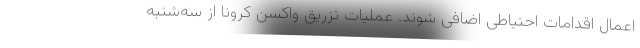
اعمال اقدامات احتیاطی اضافی شوند. عملیات تزریق واکسن کرونا از سه‌شنبه